Scottish Leaving Certificate Examination, 1952
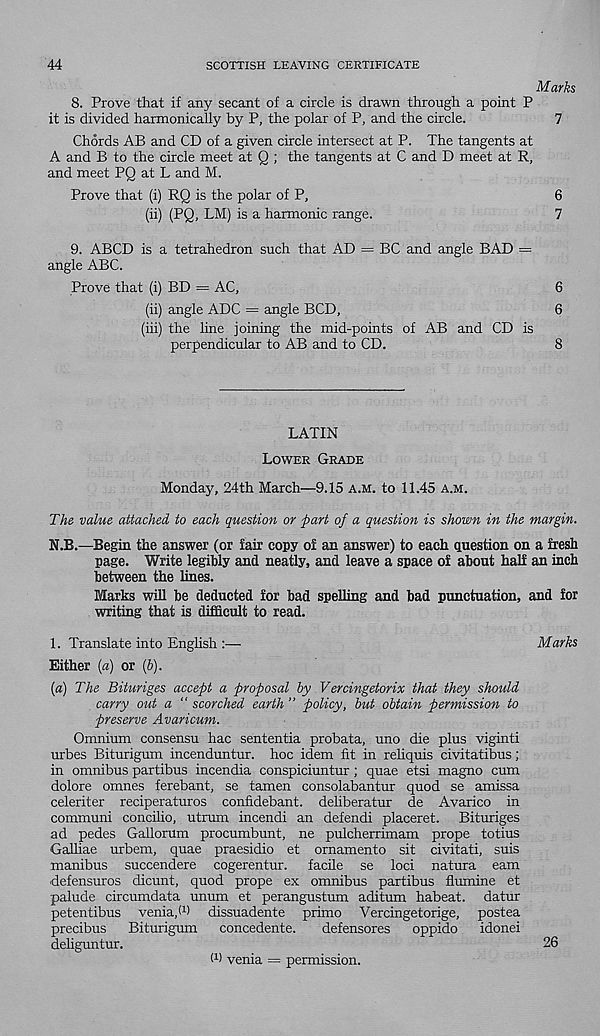
44
SCOTTISH LEAVING CERTIFICATE
Marks
8. Prove that if any secant of a circle is drawn through a point P
it is divided harmonically by P, the polar of P, and the circle.
7
Chords AB and CD of a given circle intersect at P. The tangents at
A and B to the circle meet at Q ; the tangents at C and D meet at R,
and meet PQ at L and M.
Prove that (i) RQ is the polar of P,
6
(ii) (PQ, LM) is a harmonic range.
7
9. ABCD is a tetrahedron such that AD = BC and angle BAD =
angle ABC.
Prove that (i) BD = AC,
6
(ii) angle ADC = angle BCD,
6
(iii) the line joining the mid-points of AB and CD is
perpendicular to AB and to CD.
8
LATIN
Lower Grade
Monday, 24th March—9.15 A.M. to 11.45 a.m.
The value attached to each question or part of a question is shown in the margin.
N.B.—Begin the answer (or fair copy of an answer) to each Question on a fresh
page. Write legibly and neatly, and leave a space of about half an inch
between the lines.
Marks will be deducted for bad spelling and bad punctuation, and for
writing that is difficult to read.
1. Translate into Enghsh :—
Marks
Either (a) or (6).
(a) The Bituriges accept a proposal by Vercingetorix that they should
carry out a “ scorched earth ” policy, but obtain permission to
preserve Avaricum.
Omnium consensu hac sententia probata, uno die plus viginti
urbes Biturigum incenduntur. hoc idem fit in reliquis civitatibus;
in omnibus partibus incendia conspiciuntur; quae etsi magno cum
dolore omnes ferebant, se tamen consolabantur quod se amissa
celeriter reciperaturos confidebant. deliberatur de Avarico in
communi concilio, utrum incendi an defendi placeret. Bituriges
ad pedes Gallorum procumbunt, ne pulcherrimam prope totius
Galliae urbem, quae praesidio et ornamento sit civitati, suis
manibus succendere cogerentur. facile se loci natura earn
defensuros dicunt, quod prope ex omnibus partibus flumine et
palude circumdata unum et perangustum aditum habeat. datur
petentibus venia/ 1 ) dissuadente primo Vercingetorige, postea
precibus Biturigum concedente.
defensores oppido idonei
deliguntur.
26
W venia = permission.